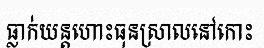
ធ្លាក់យន្តហោះធុនស្រាលនៅកោះ